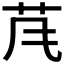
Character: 𱽐